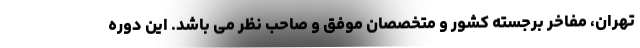
تهران، مفاخر برجسته کشور و متخصصان موفق و صاحب نظر می باشد. این دوره